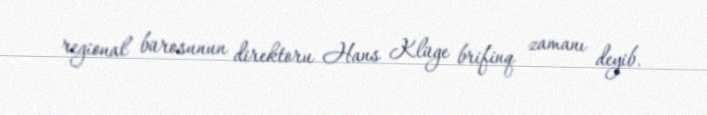
regional bürosunun direktoru Hans Klüge brifinq zamanı deyib.